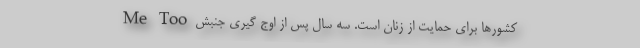
کشورها برای حمایت از زنان است. سه سال پس از اوج گیریِ جنبش Me Too